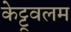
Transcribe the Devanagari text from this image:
केट्टूवलम